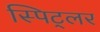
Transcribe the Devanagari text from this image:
स्पिट्लर